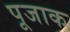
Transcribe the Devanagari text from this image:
पूजाक